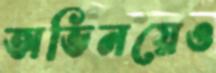
অভিনয়েও